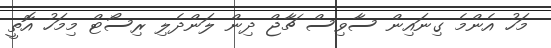
މަހު އެންމެ ގިނައިން ސާވިސް ޗާޖް ދިން ލަންދެލި ރިސޯޓް މިމަހު އޮތީ